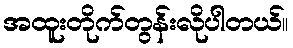
အထူးတိုက်တွန်းလိုပါတယ်။